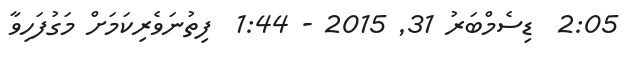
2:05  ޑިސެމްބަރު 31